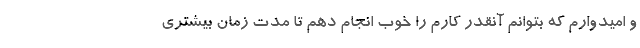
و امیدوارم که بتوانم آنقدر کارم را خوب انجام دهم تا مدت زمان بیشتری